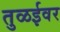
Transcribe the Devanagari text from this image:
तुळईवर